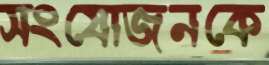
সংযোজনকে